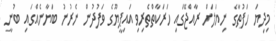
މިދިޔަ ހަފުތާގެ ނިޔަލަށް ރާއްޖޭގައި ހަރަކާތްތެރިވި އައިޕީޔޫގެ ވަފުދުން ނެރުނު ބަޔާނެއްގައި ބުނީ